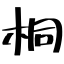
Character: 桐